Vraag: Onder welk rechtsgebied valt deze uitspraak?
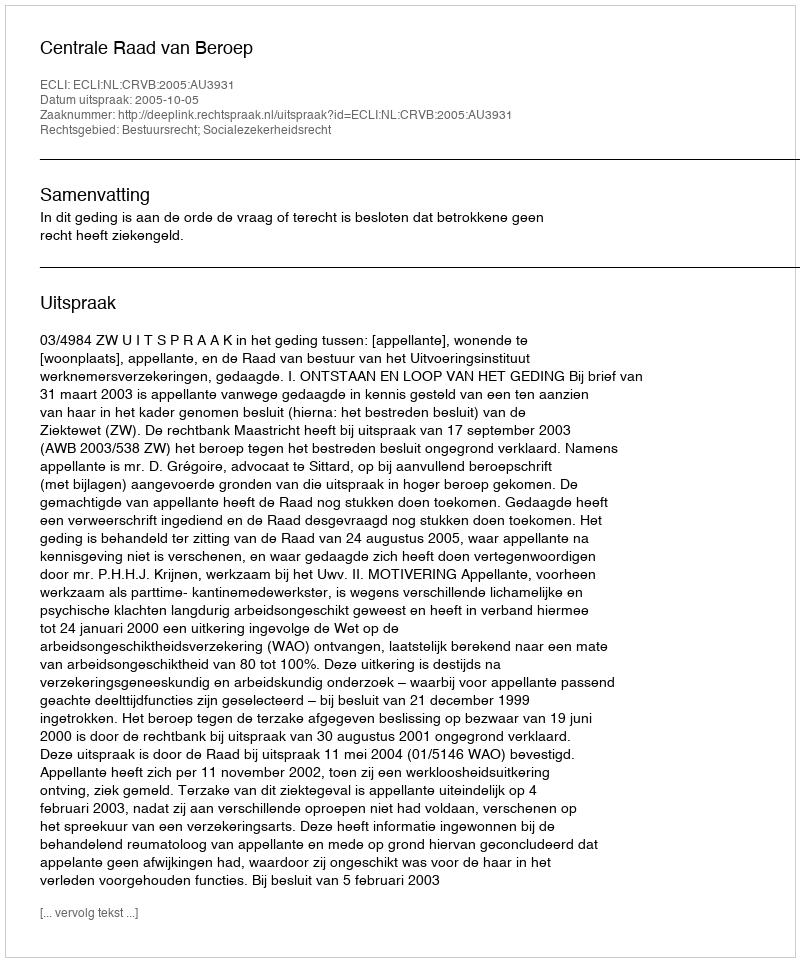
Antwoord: Bestuursrecht; Socialezekerheidsrecht